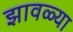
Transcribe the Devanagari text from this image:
झावळ्या